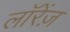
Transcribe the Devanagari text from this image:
लॉरेंज़